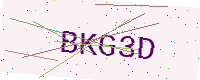
Text: BKG3D